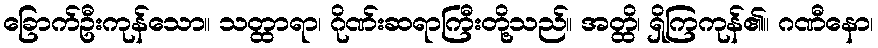
ခြောက်ဦးကုန်သော။ သတ္ထာရာ၊ ဂိုဏ်းဆရာကြီးတို့သည်။ အတ္ထိ၊ ရှိကြကုန်၏။ ဂဏီနော၊